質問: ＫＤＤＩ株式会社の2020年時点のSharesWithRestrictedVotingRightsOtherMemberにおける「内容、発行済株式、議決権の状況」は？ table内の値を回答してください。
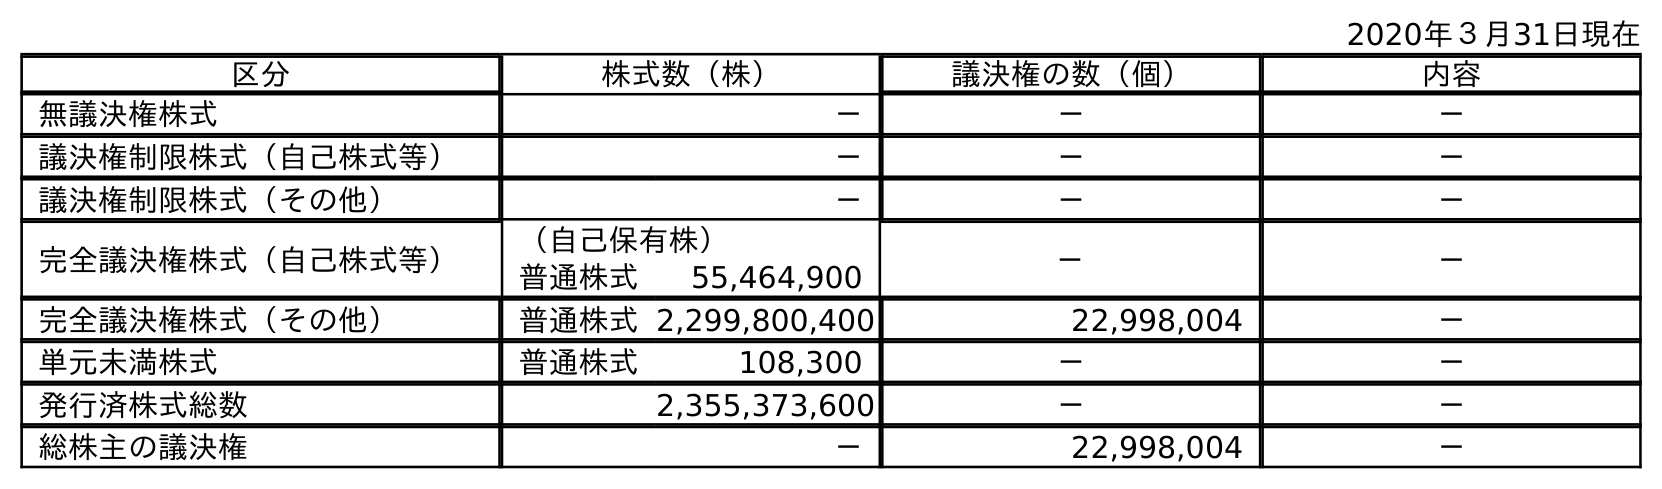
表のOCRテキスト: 2020年３月31日現在 区分 株式数（株） 議決権の数（個） 内容 無議決権株式 － － － 議決権制限株式（自己株式等） － － － 議決権制限株式（その他） － － － 完全議決権株式（自己株式等） （自己保有株） － － 普通株式 55,464,900 完全議決権株式（その他） 普通株式2,299,800,400 22,998,004 － 単元未満株式 普通株式 108,300 － － 発行済株式総数 2,355,373,600 － － 総株主の議決権 － 22,998,004 －
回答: －